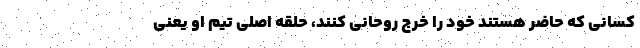
کسانی که حاضر هستند خود را خرج روحانی کنند، حلقه اصلی تیم او یعنی